Civil Veterinary Dept. North-West Frontier Province 1901-22 - 1901-1922
Year: 1901
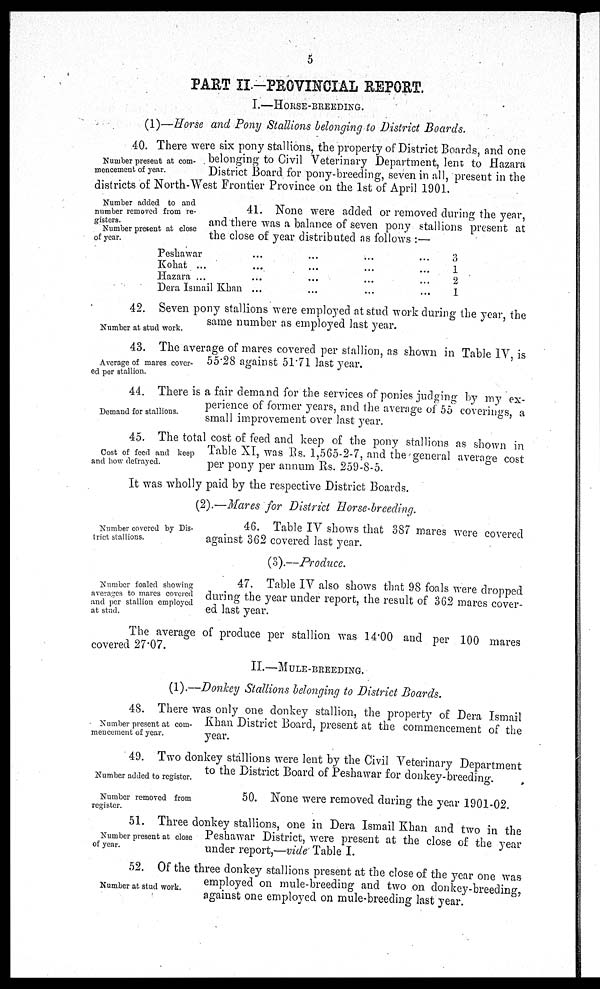
5
PART II.—PROVINCIAL REPORT.
I.—HORSE-BREEDING.
(1)—Horse and Pony Stallions belonging to District Boards.
Number present at com-
mencement of year.
40. There were six pony stallions, the property of District Boards, and one
belonging to Civil Veterinary Department, lent to Hazara
District Board for pony-breeding, seven in all, present in the
districts of North-West Frontier Province on the 1st of April 1901.
Number added to and
number removed from re-
gisters.
Number present at close
of year.
41. None were added or removed during the year,
and there was a balance of seven pony stallions present at
the close of year distributed as follows:—
Peshawar
Kohat ...
Hazara ...
Dera Ismail Khan
...
...
...
...
...
...
...
...
...
...
...
...
...
...
...
...
3
1
2
1
Number at stud work.
42. Seven pony stallions were employed at stud work during the year, the
same number as employed last year.
Average of mares cover-
ed per stallion.
43. The average of mares covered per stallion, as shown in Table IV, is
55.28 against 51.71 last year.
Demand for stallions.
44. There is a fair demand for the services of ponies judging by my ex-
perience of former years, and the average of 55 coverings, a
small improvement over last year.
Cost of feed and keep
and how defrayed.
45. The total cost of feed and keep of the pony stallions as shown in
Table XI, was Rs. 1,565-2-7, and the general average cost
per pony per annum Rs. 259-8-5.
It was wholly paid by the respective District Boards.
(2).—Mares for District Horse-breeding.
Number covered by Dis-
trict stallions.
46. Table IV shows that 387 mares were covered
against 362 covered last year.
(3).—Produce.
Number foaled showing
averages to mares covered
and per stallion employed
at stud.
47. Table IV also shows that 98 foals were dropped
during the year under report, the result of 362 mares cover-
ed last year.
The average of produce per stallion was 14.00 and per 100 mares
covered 27.07.
II.—MULE-BREEDING.
(1).—Donkey Stallions belonging to District Boards.
Number present at com-
mencement of year.
48. There was only one donkey stallion, the property of Dera Ismail
Khan District Board, present at the commencement of the
year.
Number added to register.
49. Two donkey stallions were lent by the Civil Veterinary Department
to the District Board of Peshawar for donkey-breeding.
Number removed from
register.
50. None were removed during the year 1901-02.
Number present at close
of year.
51. Three donkey stallions, one in Dera Ismail Khan and two in the
Peshawar District, were present at the close of the year
under report,—vide Table I.
Number at stud work.
52. Of the three donkey stallions present at the close of the year one was
employed on mule-breeding and two on donkey-breeding,
against one employed on mule-breeding last year.